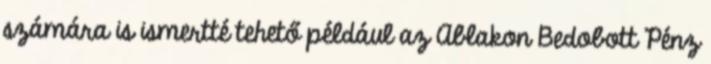
számára is ismertté tehető például az Ablakon Bedobott Pénz